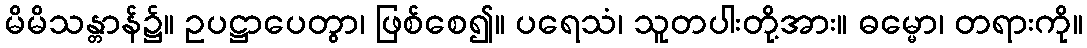
မိမိသန္တာန်၌။ ဥပဋ္ဌာပေတွာ၊ ဖြစ်စေ၍။ ပရေသံ၊ သူတပါးတို့အား။ ဓမ္မော၊ တရားကို။